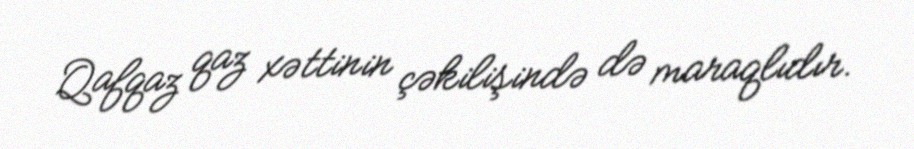
Qafqaz qaz xəttinin çəkilişində də maraqlıdır.